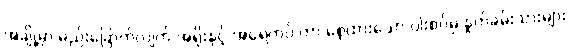
အချို့မှာ မည်းခြောက်လျက် အရိုးနှင့် အရေကပ် ကာ စေ့ထားသော ပါးစပ်မှ နှုတ်ခမ်းသားများ